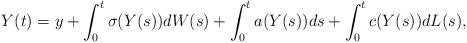
LaTeX: \begin{align*}Y(t)=y+\int_0^t\sigma(Y(s))dW(s)+\int_0^ta(Y(s))ds+\int_0^tc(Y(s))dL(s),\end{align*}